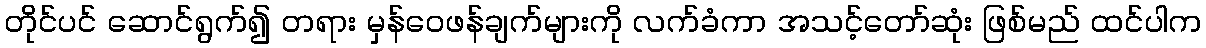
တိုင်ပင် ဆောင်ရွက်၍ တရား မှန်ဝေဖန်ချက်များကို လက်ခံကာ အသင့်တော်ဆုံး ဖြစ်မည် ထင်ပါက